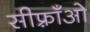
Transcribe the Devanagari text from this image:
सीफ़्राँओ